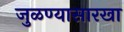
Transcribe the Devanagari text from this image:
जुळण्यासारखा